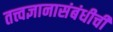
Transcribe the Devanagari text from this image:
तत्त्वज्ञानासंबंधीची